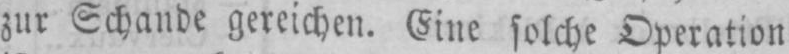
zur Schande gereichen. Eine solche Operation